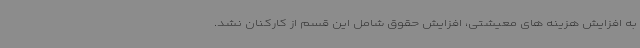
به افزایش هزینه های معیشتی، افزایش حقوق شامل این قسم از کارکنان نشد.